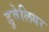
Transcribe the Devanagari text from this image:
डुवेलियर